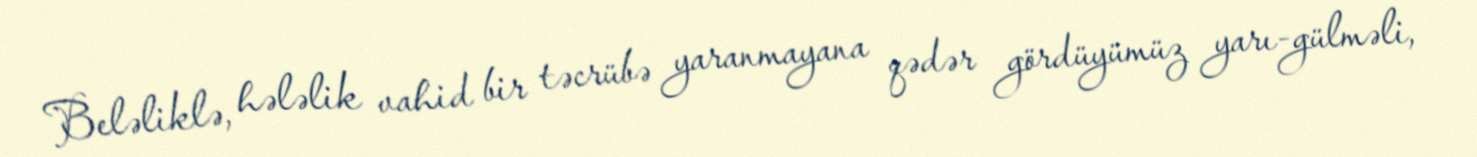
Beləliklə, hələlik vahid bir təcrübə yaranmayana qədər gördüyümüz yarı-gülməli,